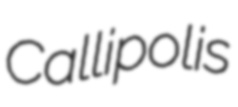
Callipolis